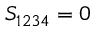
S _ { 1 2 3 4 } = 0